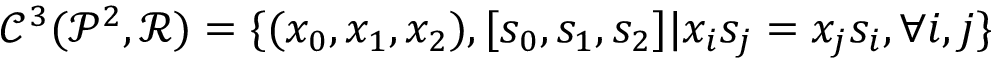
{ { \mathcal C } ^ { 3 } } ( { { \mathcal P } ^ { 2 } } , { \mathcal R } ) = \{ ( { x _ { 0 } } , { x _ { 1 } } , { x _ { 2 } } ) , [ { s _ { 0 } } , { s _ { 1 } } , { s _ { 2 } } ] \vert { x _ { i } } { s _ { j } } = { x _ { j } } { s _ { i } } , \forall i , j \}